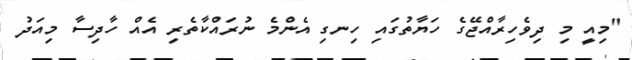
"މިއީ މި ދިވެހިރާއްޖޭގެ ހަޔާތުގައި ހިނގި އެންމެ ނުރައްކާތެރި އެއް ހާދިސާ މިއަދު